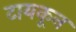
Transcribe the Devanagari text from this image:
टायकून